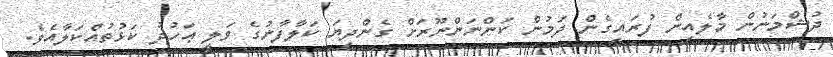
ދުޝްމަނުން މާލެއިން ފުރައިގެން ދަމުން ކަންނަންނޫރަށް ގެންދިޔަ ކަލާފާނުގެ ވަލީ ޢަހުދު ކަޅުތުއްކަލާއެވެ.